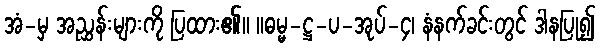
အံ-မှ အညွှန်းများကို ပြထား၏။ ။ဓမ္မ-ဋ္ဌ-ပ-အုပ်-၄၊ နံနက်ခင်းတွင် ဒါနပြု၍